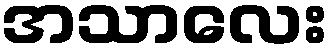
အသာလေး